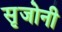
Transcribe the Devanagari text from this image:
सृजोनी